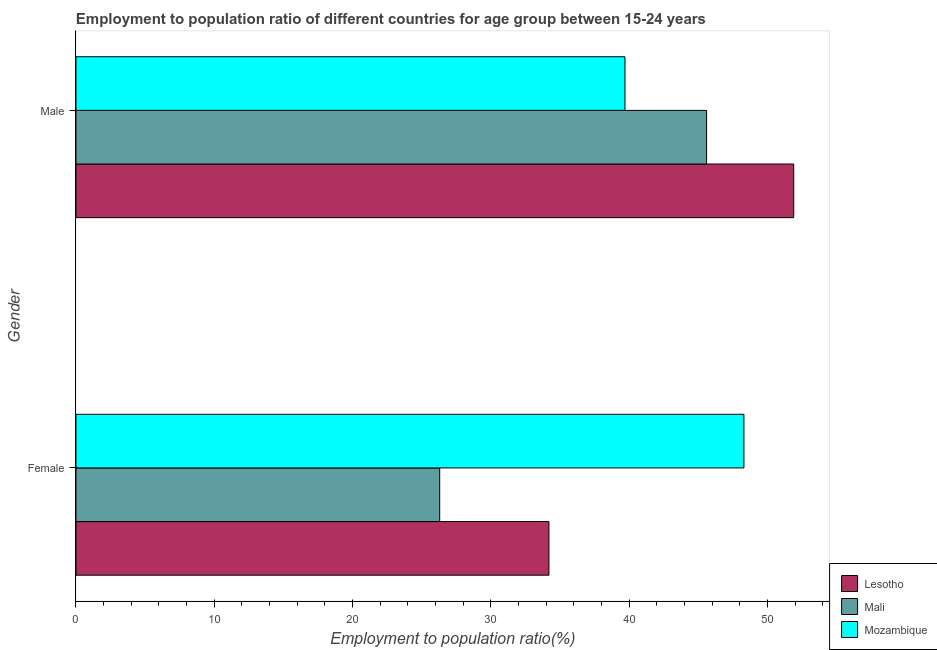
| Gender | Lesotho | Mali | Mozambique |
 | --- | --- | --- | --- |
 | Female | 34.2 | 26.3 | 48.3 |
 | Male | 51.9 | 45.6 | 39.7 |